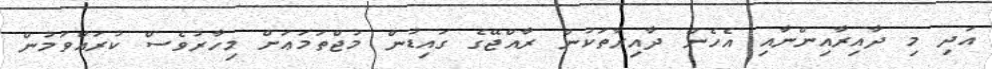
އަދި މި ދާއިރާއިންނާއި އެހެން ދާއިރާތަކުން ރާއްޖޭގެ ގައިޑުން މުޖްތަމަޢަށް މިހާރުވެސް ކުރައްވަމުން